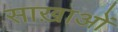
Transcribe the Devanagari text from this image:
साख़ाओं